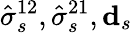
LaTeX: \hat{\sigma}_{s}^{12},\hat{\sigma}_{s}^{21},\mathbf{d}_{s}